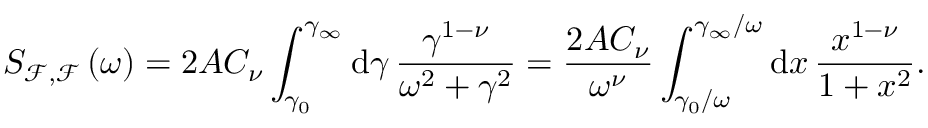
S _ { \mathcal { F } , \mathcal { F } } \left( \omega \right) = 2 A C _ { \nu } \int _ { \gamma _ { 0 } } ^ { \gamma _ { \infty } } \mathrm { d } \gamma \, \frac { \gamma ^ { 1 - \nu } } { \omega ^ { 2 } + \gamma ^ { 2 } } = \frac { 2 A C _ { \nu } } { \omega ^ { \nu } } \int _ { \gamma _ { 0 } / \omega } ^ { \gamma _ { \infty } / \omega } \mathrm { d } x \, \frac { x ^ { 1 - \nu } } { 1 + x ^ { 2 } } .